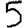
Digit: 5